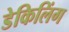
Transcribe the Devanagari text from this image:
डेकिलिंग